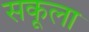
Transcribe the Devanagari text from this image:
सकूला